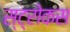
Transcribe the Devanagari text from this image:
स्ट्रोकस